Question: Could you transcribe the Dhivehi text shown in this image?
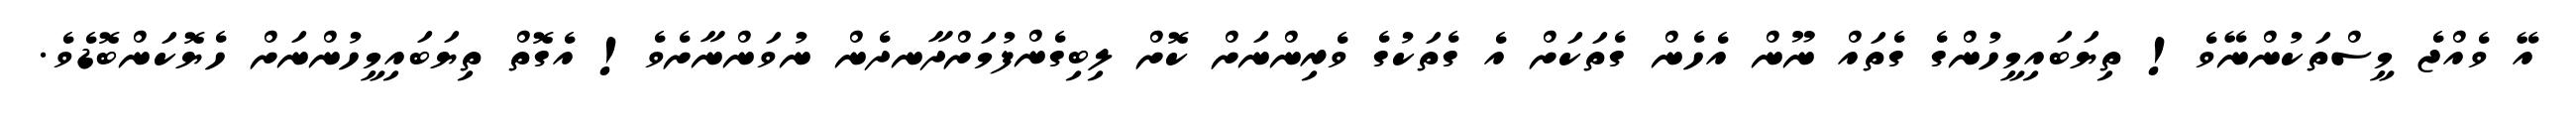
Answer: އޭ ވެއްޖެ މީސްތަކުންނޭވެ! ތިޔަބައިމީހުންގެ ގެތައް ނޫން އެހެން ގެތަކަށް އެ ގެތަކުގެ ވެރިންނަށް ކޮށް ލިބިގެންފުމަށްދާނދެން ނުވަންނާށެވެ! އެގޮތް ތިޔަބައިމީހުންނަށް ހެޔޮކަންބޮޑެވެ.